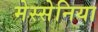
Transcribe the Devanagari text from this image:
मेस्सेनिया